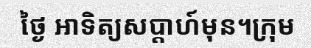
ថ្ងៃ អាទិត្យសប្តាហ៍មុន។ក្រុម